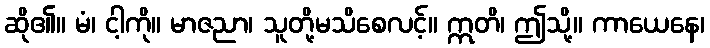
ဆို၏။ မံ၊ ငါ့ကို။ မာဇညာ၊ သူတို့မသိစေလင့်။ ဣတိ၊ ဤသို့။ ကာယေနေ၊